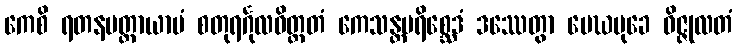
ကေစိ ရတနမတ္တာယာမံ စတုရင်္ဂုလဝိတ္ထတံ ကေသန္တပရိစ္ဆေဒံ ဒဿေတွာ မေဃမုခေ ဝိဇ္ဇုလတံ